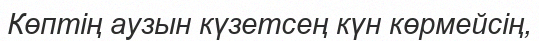
Көптің аузын күзетсең күн көрмейсің,